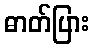
ဓာတ်ပြား